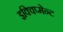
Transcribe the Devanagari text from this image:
इक्विप्मेन्ट